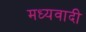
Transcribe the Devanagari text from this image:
मध्यवादी